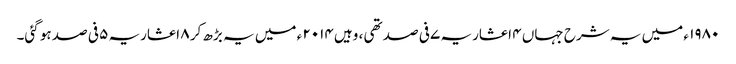
۱۹۸۰ ء میں یہ شرح جہاں ۴ اعشاریہ ۷ فی صد تھی ، وہیں ۲۰۱۴ ء میں یہ بڑھ کر ۸ اعشاریہ ۵ فی صد ہو گئی۔